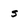
Character: s